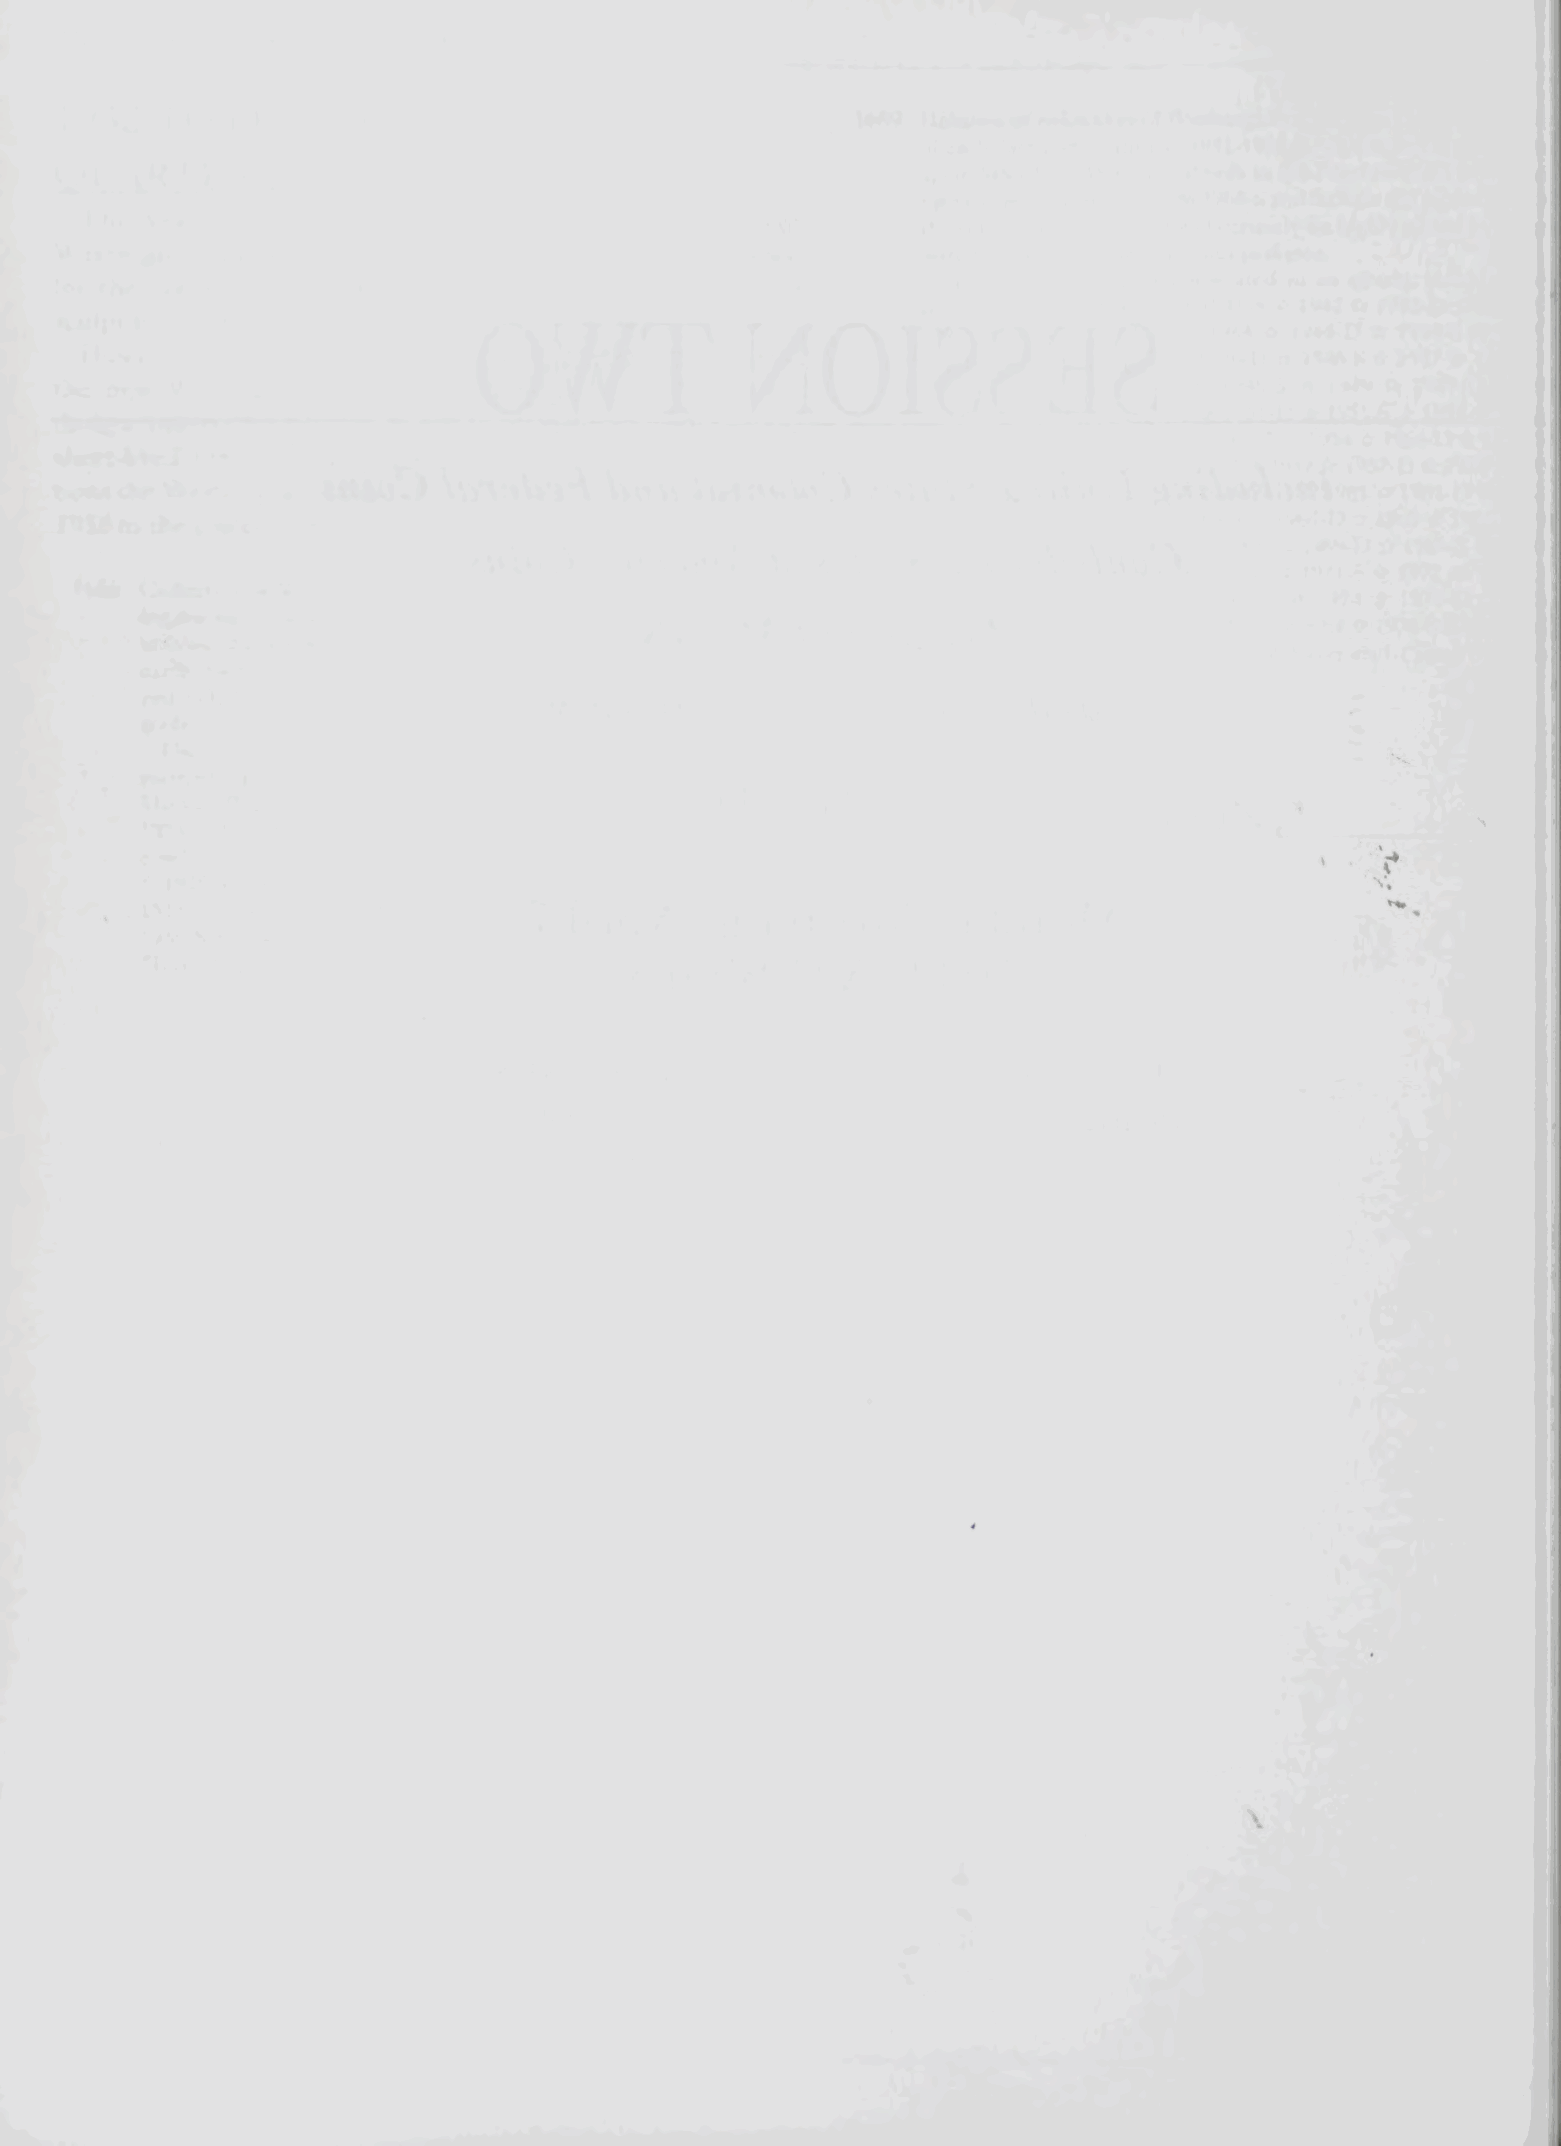
Iw
 r
 *
 N.
 I ^ • I »i                    - 'U
 4